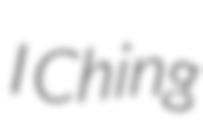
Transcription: I Ching